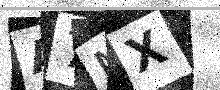
Text: A7NX